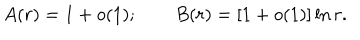
LaTeX: A ( r ) = 1 + o ( 1 ) ; \qquad B ( r ) = [ 1 + o ( 1 ) ] \ln r .